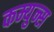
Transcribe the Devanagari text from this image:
कम्युन्स